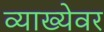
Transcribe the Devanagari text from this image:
व्याख्येवर